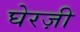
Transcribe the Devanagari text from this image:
घेरज़ी